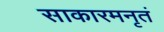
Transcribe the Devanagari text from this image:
साकारमनृतं